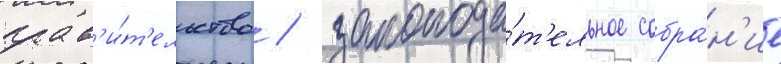
прав'и́т'ельство / законода́т'ельное собра́н'ие